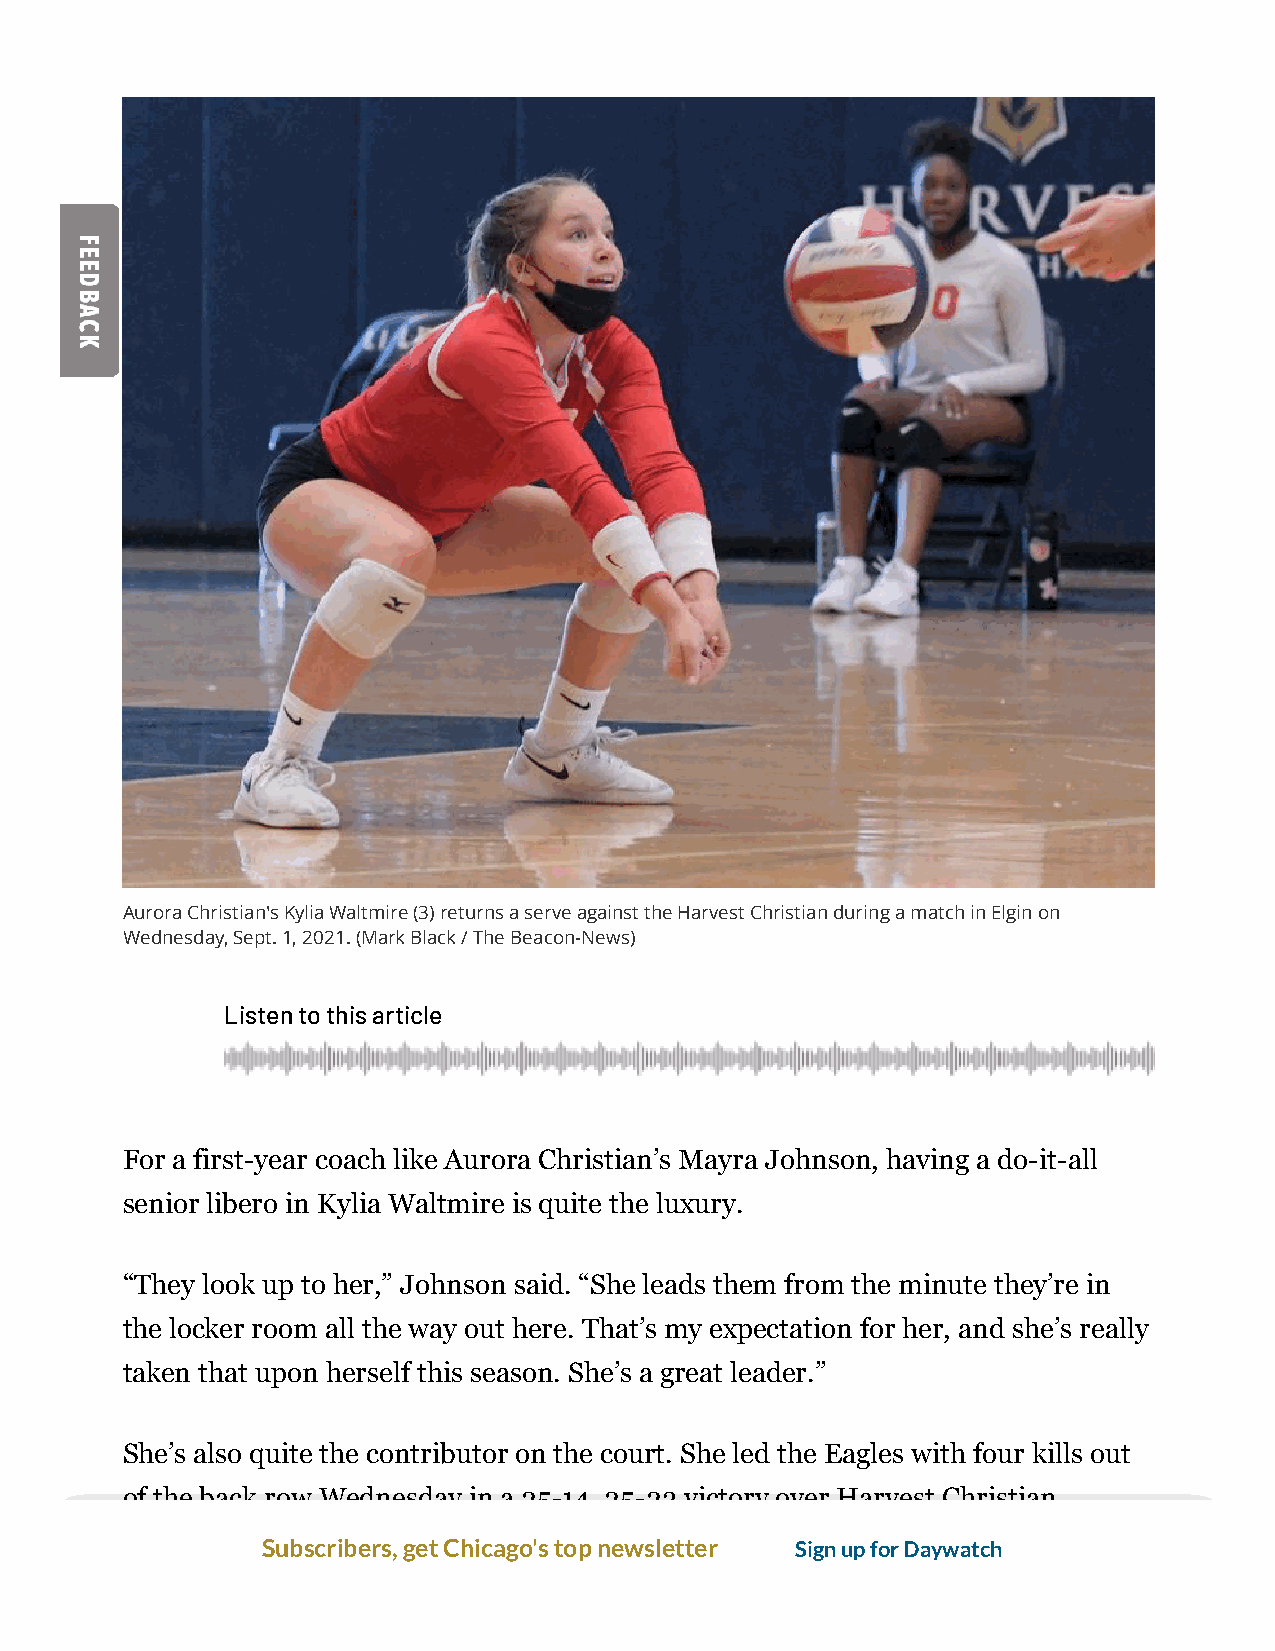
Aurora Christian's Kylia Waltmire (3) returns a serve against the Harvest Christian during a match in Elgin on
 Wednesday, Sept. 1, 2021. (Mark Black / The Beacon-News)
 Listen to this article
 For a first-year coach like Aurora Christian’s Mayra Johnson, having a do-it-all
 senior libero in Kylia Waltmire is quite the luxury.
 “They look up to her,” Johnson said. “She leads them from the minute they’re in
 the locker room all the way out here. That’s my expectation for her, and she’s really
 taken that upon herself this season. She’s a great leader.”
 She’s also quite the contributor on the court. She led the Eagles with four kills out
 of the back row Wednesday in a 25-14, 25-23 victory over Harvest Christian.
 Subscribers, get Chicago's top newsletter Sign up for Daywatch